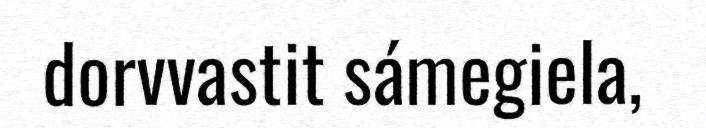
dorvvastit sámegiela,